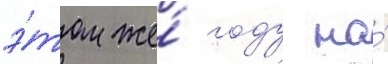
э́том же́ году на́